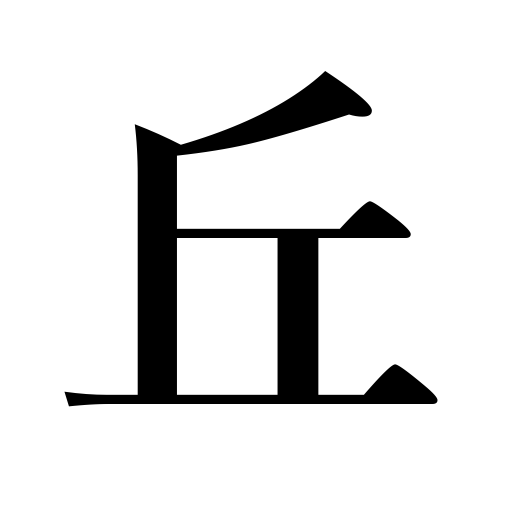
Meanings: knoll,hill,rising ground